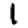
Digit: 1